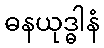
ဓနယုဒ္ဓါနံ